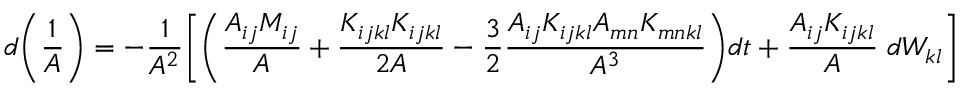
d \bigg ( \frac { 1 } { A } \bigg ) = - \frac { 1 } { A ^ { 2 } } \Bigg [ \bigg ( \frac { A _ { i j } M _ { i j } } { A } + \frac { K _ { i j k l } K _ { i j k l } } { 2 A } - \frac { 3 } { 2 } \frac { A _ { i j } K _ { i j k l } A _ { m n } K _ { m n k l } } { A ^ { 3 } } \bigg ) d t + \frac { A _ { i j } K _ { i j k l } } { A } \; d W _ { k l } \Bigg ]